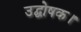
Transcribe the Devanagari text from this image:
उद्घोषक।